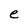
Character: e